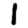
Digit: 1